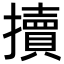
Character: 𢷺